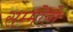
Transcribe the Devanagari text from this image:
सम्मोहों